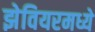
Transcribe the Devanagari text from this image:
झेवियरमध्ये